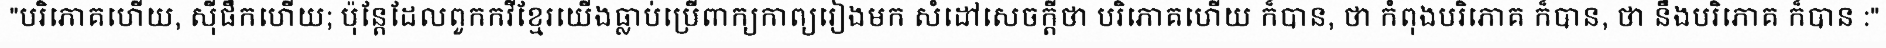
"បរិភោគហើយ, ស៊ីផឹកហើយ; ប៉ុន្តែដែលពួកកវីខ្មែរយើងធ្លាប់ប្រើពាក្យកាព្យរៀងមក សំដៅសេចក្តីថា បរិភោគហើយ ក៏បាន, ថា កំពុងបរិភោគ ក៏បាន, ថា នឹងបរិភោគ ក៏បាន :"